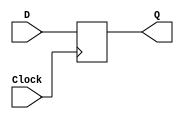
module flipflop(D,Clock,Q);
	input D,Clock;
	output reg Q;
	always @ (posedge Clock)
		Q=D;
endmodule